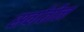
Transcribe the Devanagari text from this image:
सर्वांतील